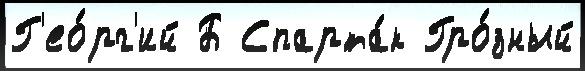
Г'ео́рг'ий Б Спарта́к Гро́зный